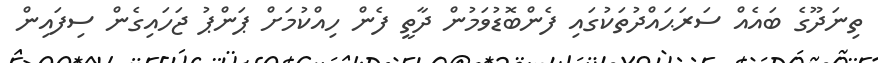
ތިނަދޫގެ ބައެއް ސަރަޙައްދުތަކުގައި ފެންބޮޑުވަމުން ދާތީ ފެން ހިއްކުމަށް ޕަންޕު ޖަހައިގެން ސިފައިން